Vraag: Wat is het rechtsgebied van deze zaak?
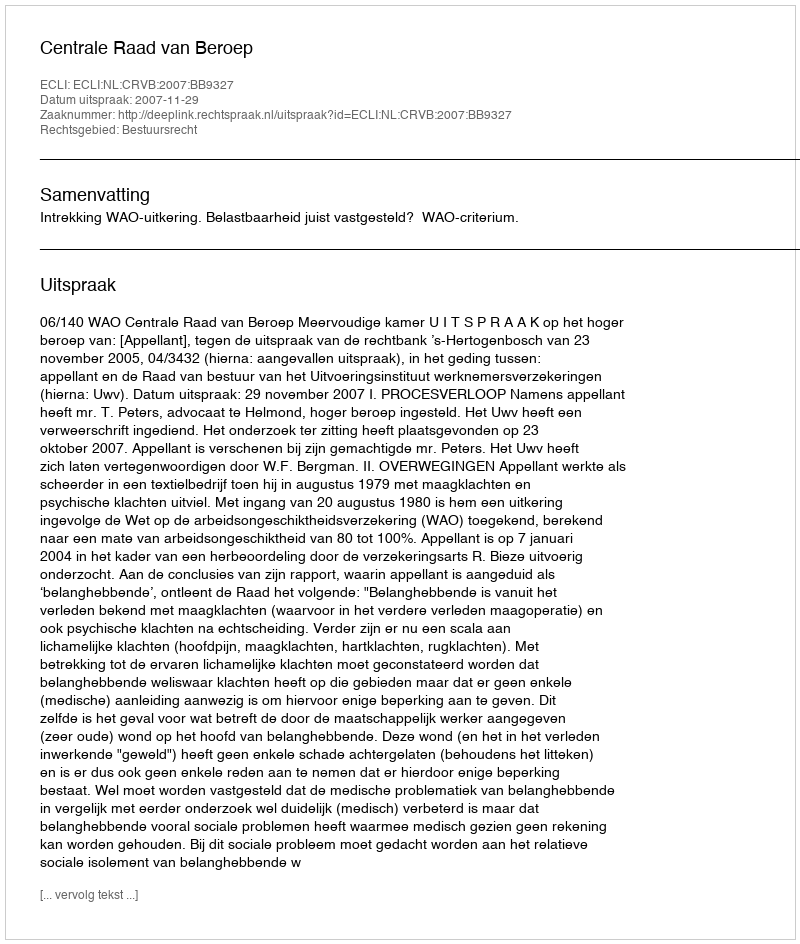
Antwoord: Bestuursrecht